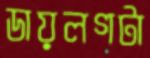
ডায়লগটা